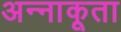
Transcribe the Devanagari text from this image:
अन्‍नाकूता